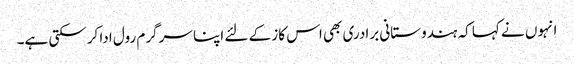
انہوں نے کہا کہ ہندوستانی برادری بھی اس کاز کے لئے اپنا سرگرم رول ادا کرسکتی ہے۔